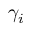
\gamma _ { i }